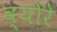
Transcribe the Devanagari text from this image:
व्योरे